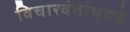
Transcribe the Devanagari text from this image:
विचारवंतांपुढचे